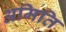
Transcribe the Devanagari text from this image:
अमिति